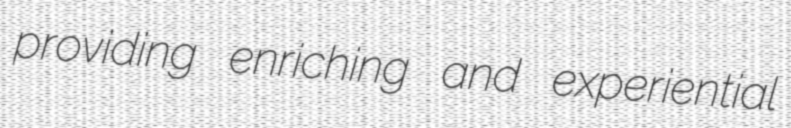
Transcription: providing enriching and experiential